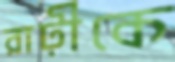
রাঢ়ীকে